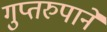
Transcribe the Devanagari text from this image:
गुप्तरुपाने